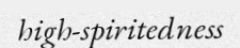
high-spiritedness